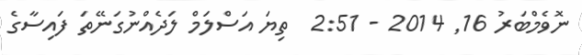
ނޮވެމްބަރު 16